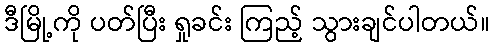
ဒီမြို့ကို ပတ်ပြီး ရှုခင်း ကြည့် သွားချင်ပါတယ်။